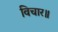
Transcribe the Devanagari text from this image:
विचार॥